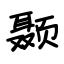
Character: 颞